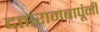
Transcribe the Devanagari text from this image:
दत्तारामबापूंनी